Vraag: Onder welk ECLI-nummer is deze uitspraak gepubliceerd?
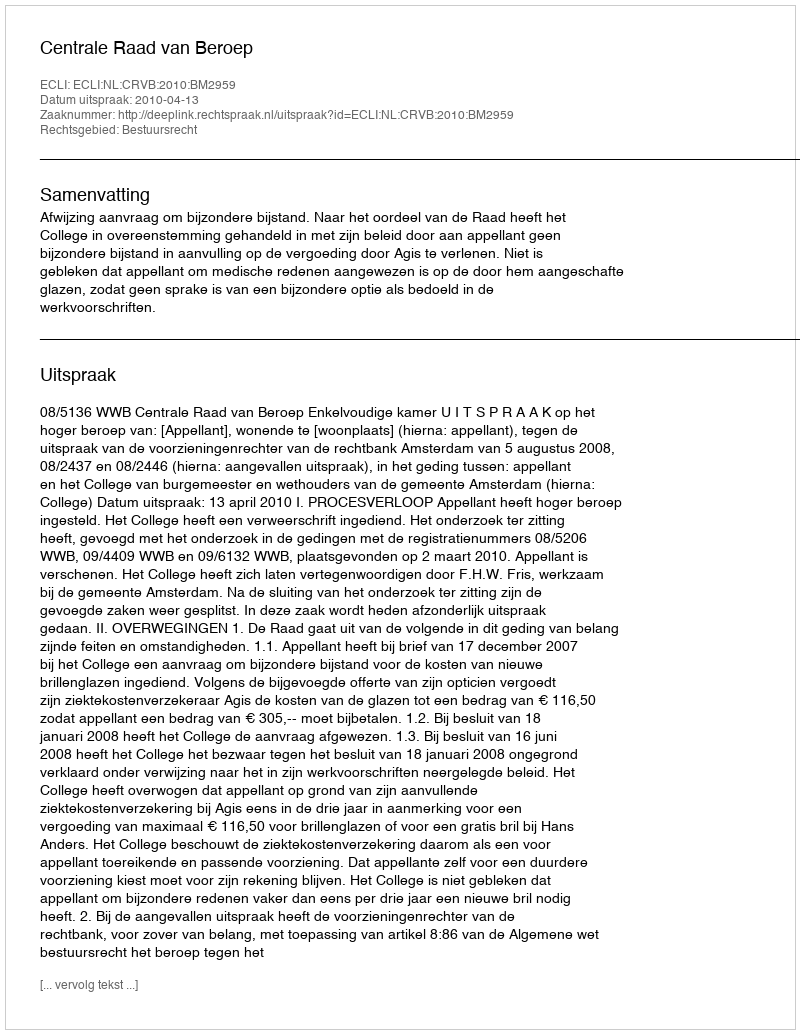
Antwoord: ECLI:NL:CRVB:2010:BM2959